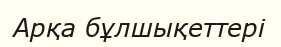
Арқа бұлшықеттері